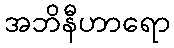
အဘိနီဟာရော